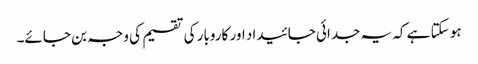
ہو سکتا ہے کہ یہ جدائی جائیداد اور کاروبار کی تقسیم کی وجہ بن جائے۔